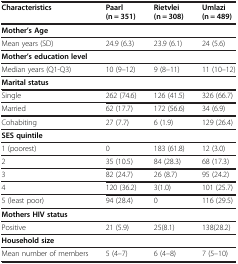
| Characteristics | Paarl (n = 351) | Rietvlei (n = 308) | Umlazi (n = 489) |
 | --- | --- | --- | --- |
 | <COLSPAN=4> Mother’s Age |
 | Mean years (SD) | 24.9 (6.3) | 23.9 (6.1) | 24 (5.6) |
 | <COLSPAN=4> Mother’s education level |
 | Median years (Q1-Q3) | 10 (9–12) | 9 (8–11) | 11 (10–12) |
 | <COLSPAN=4> Marital status |
 | Single | 262 (74.6) | 126 (41.5) | 326 (66.7) |
 | Married | 62 (17.7) | 172 (56.6) | 34 (6.9) |
 | Cohabiting | 27 (7.7) | 6 (1.9) | 129 (26.4) |
 | <COLSPAN=4> SES quintile |
 | 1 (poorest) | 0 | 183 (61.8) | 12 (3.0) |
 | 2 | 35 (10.5) | 84 (28.3) | 68 (17.3) |
 | 3 | 82 (24.7) | 26 (8.7) | 95 (24.2) |
 | 4 | 120 (36.2) | 3(1.0) | 101 (25.7) |
 | 5 (least poor) | 94 (28.4) | 0 | 116 (29.5) |
 | <COLSPAN=4> Mothers HIV status |
 | Positive | 21 (5.9) | 25(8.1) | 138(28.2) |
 | <COLSPAN=4> Household size |
 | Mean number of members | 5 (4–7) | 6 (4–8) | 7 (5–10) |